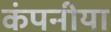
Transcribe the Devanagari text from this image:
कंपनीया